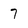
Character: 7